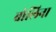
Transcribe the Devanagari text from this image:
बोलिना